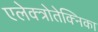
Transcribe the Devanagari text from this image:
एलेक्त्रोतेक्निका